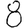
Digit: 8